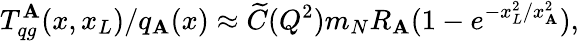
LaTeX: T_{qg}^{\mathbf{A}}(x,x_{L})/q_{\mathbf{A}}(x)\approx\widetilde{{C}}(Q^{2})m_{N}R_{\mathbf{A}}(1-e^{-x_{L}^{2}/x_{\mathbf{A}}^{2}}),